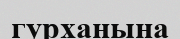
гурханына